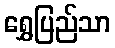
ရွှေပြည်သာ